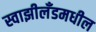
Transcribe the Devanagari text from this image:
स्वाझीलँडमधील